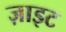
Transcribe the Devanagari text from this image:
ज़ाइट